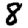
Digit: 8